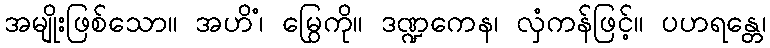
အမျိုးဖြစ်သော။ အဟိံ၊ မြွေကို။ ဒဏ္ဍကေန၊ လှံကန်ဖြင့်။ ပဟရန္တေ၊